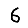
Digit: 6